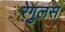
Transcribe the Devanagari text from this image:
रेगुलस